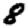
Digit: 8